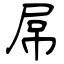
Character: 屌